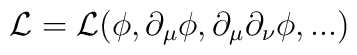
\cal L =\cal L (   \phi, \partial_ \mu   \phi, \partial_\mu \partial_\nu  \phi, ...)